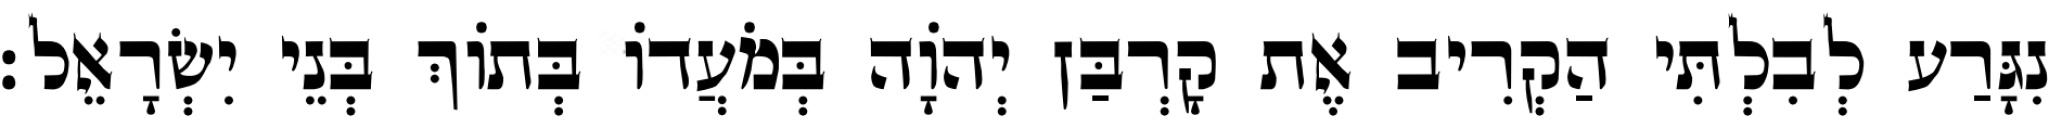
נִגָּרַע לְבִלְתִּי הַקְרִיב אֶת קָרְבַּן יְהוָֹה בְּמֹעֲדוֹ בְּתוֹךְ בְּנֵי יִשְׂרָאֵל׃